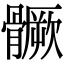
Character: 𩪗